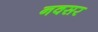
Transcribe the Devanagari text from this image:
नवसर